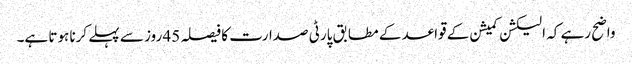
واضح رہے کہ الیکشن کمیشن کے قواعد کے مطابق پارٹی صدارت کا فیصلہ 45 روز سے پہلے کرنا ہوتا ہے۔